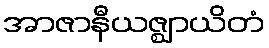
အာဇာနီယဇ္ဈာယိတံ